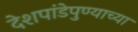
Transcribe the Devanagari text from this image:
देशपांडेपुण्याच्या